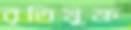
বৃতিযুক্ত